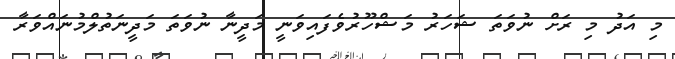
މި އަދު މި ރަށް ނުވަތަ ޝަހަރު މަޝްހޫރުވެފައިވަނީ މަދީނާ ނުވަތަ މަދީނަތުލްމުނައްވަރާ